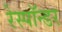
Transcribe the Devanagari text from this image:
रेस्पॉन्डर